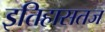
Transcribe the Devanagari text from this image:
इतिहासतज